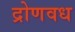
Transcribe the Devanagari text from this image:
द्रोणवध